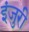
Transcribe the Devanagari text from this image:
इंजुरी